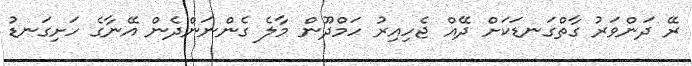
ރޭ ދަންވަރު ގާތްގަނޑަކަށް ދޭއް ޖެހިއިރު ހަމްދޫން މާލެ ގެންނަންދެން އޭނާގެ ހަށިގަނޑު